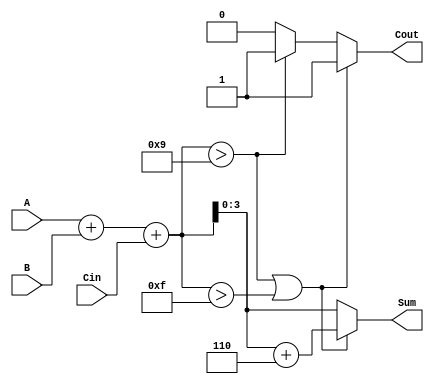
module BCD_Synchronous_Adder (
    input  wire [3:0] A,      // 4-bit BCD input A
    input  wire [3:0] B,      // 4-bit BCD input B
    input  wire Cin,           // Carry input
    output reg  [3:0] Sum,     // 4-bit BCD output Sum
    output reg  Cout           // Carry output
);

    // Internal signals
    wire [4:0] binary_sum;     // 5-bit to hold the sum of A, B, and Cin
    wire adjustment_needed;      // Flag to indicate if adjustment is needed

    // Step 1: Binary addition of A, B, and Cin
    assign binary_sum = A + B + Cin;

    // Step 2: Check if adjustment is needed
    assign adjustment_needed = (binary_sum > 5'd9) || (binary_sum > 5'd15);

    // Step 3: Calculate the final BCD sum and carry-out
    always @(*) begin
        if (adjustment_needed) begin
            Sum = binary_sum + 4'd6; // Adjust by adding 6
            Cout = 1;                 // Set carry-out
        end else begin
            Sum = binary_sum[3:0];    // Use lower 4 bits as sum
            Cout = (binary_sum > 5'd9) ? 1 : 0; // Set carry-out if sum exceeds 9
        end
    end

endmodule